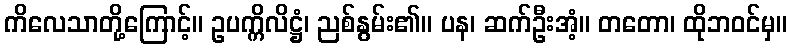
ကိလေသာတို့ကြောင့်။ ဥပက္ကိလိဋ္ဌံ၊ ညစ်နွမ်း၏။ ပန၊ ဆက်ဦးအံ့။ တတော၊ ထိုဘဝင်မှ။